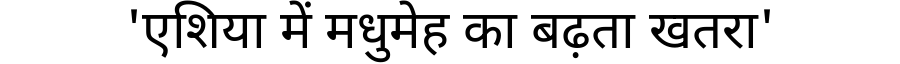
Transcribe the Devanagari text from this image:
'एशिया में मधुमेह का बढ़ता खतरा'